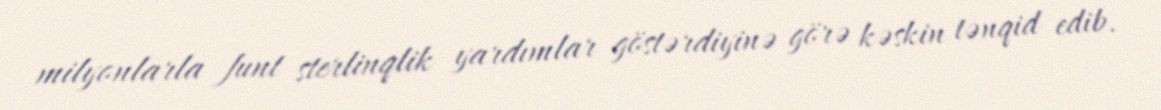
milyonlarla funt sterlinqlik yardımlar göstərdiyinə görə kəskin tənqid edib.